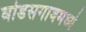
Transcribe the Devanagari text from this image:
घोडसगावमध्ये